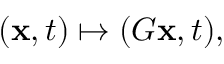
( \mathbf { x } , t ) \mapsto ( G \mathbf { x } , t ) ,